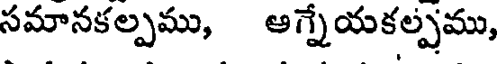
సమానకల్పము, ఆగ్నేయకల్పము,